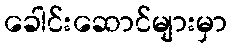
ခေါင်းဆောင်များမှာ